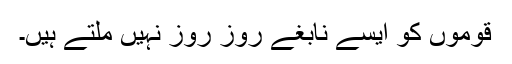
قوموں کو ایسے نابغے روز روز نہیں ملتے ہیں۔